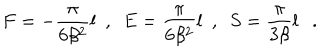
F = - { \frac { \pi } { 6 \beta ^ { 2 } } } { l } ~ ~ , ~ ~ E = { \frac { \pi } { 6 \beta ^ { 2 } } } { l } ~ ~ , ~ ~ S = { \frac { \pi } { 3 \beta } } { l } .